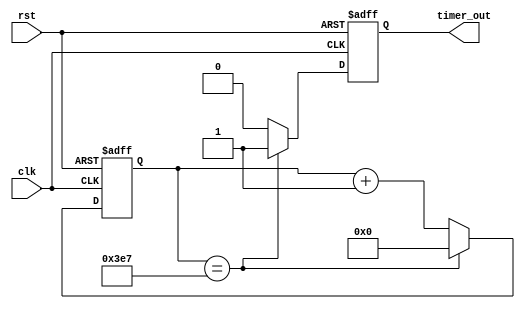
module periodic_timer(
    input wire clk,
    input wire rst,
    output reg timer_out
);

reg [15:0] count;
reg [15:0] period = 1000; // Set the period of the timer

always @(posedge clk or posedge rst) begin
    if (rst) begin
        count <= 0;
        timer_out <= 0;
    end else begin
        if (count == period-1) begin
            count <= 0;
            timer_out <= 1;
        end else begin
            count <= count + 1;
            timer_out <= 0;
        end
    end
end

endmodule